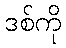
ဒစ်ကို